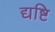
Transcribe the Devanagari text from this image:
द्यष्टि